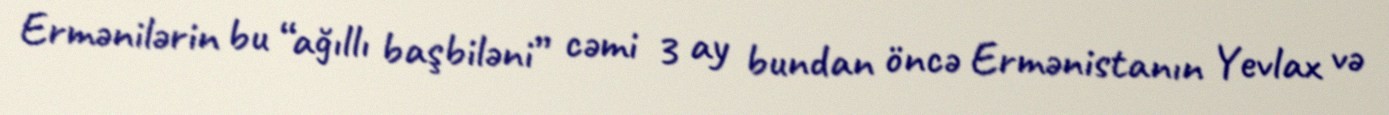
Ermənilərin bu “ağıllı başbiləni” cəmi 3 ay bundan öncə Ermənistanın Yevlax və